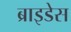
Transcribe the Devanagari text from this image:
ब्राइडेस